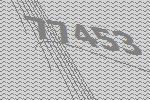
77453